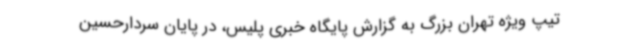
تیپ ویژه تهران بزرگ به گزارش پایگاه خبری پلیس، در پایان سردارحسین